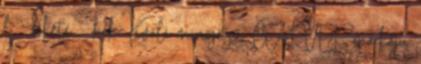
l - fekete kék Kiváló minőségű, CURVER márkájú